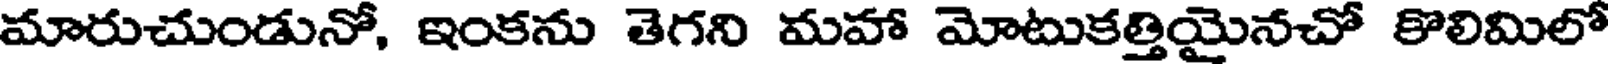
మారుచుండునో, ఇంకను తెగని మహా మోటుకత్తియైనచో కొలిమిలో